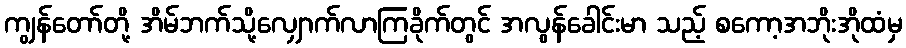
ကျွန်တော်တို့ အိမ်ဘက်သို့လျှောက်လာကြခိုက်တွင် အလွန်ခေါင်းမာ သည့် စကော့အဘိုးအိုထံမှ